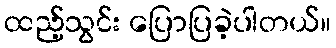
ထည့်သွင်း ပြောပြခဲ့ပါတယ်။